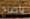
ياصاح